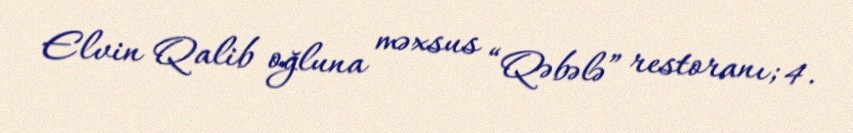
Elvin Qalib oğluna məxsus “Qəbələ” restoranı; 4.